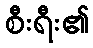
စီးရီး၏